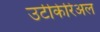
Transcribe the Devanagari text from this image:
उर्टीकेरिअल